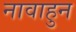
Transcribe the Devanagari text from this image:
नावाहुन